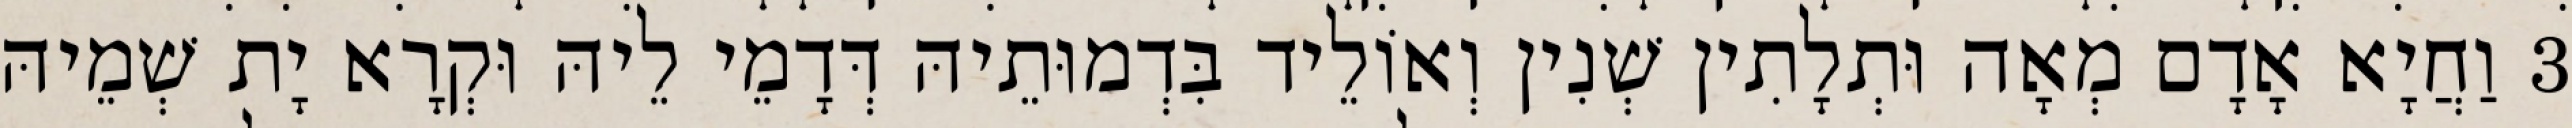
3 וַחֲיָא אָדָם מְאָה וּתְלָתִין שְׁנִין וְאוֹלֵיד בִּדְמוּתֵיהּ דְּדָמֵי לֵיהּ וּקְרָא יָת שְׁמֵיהּ